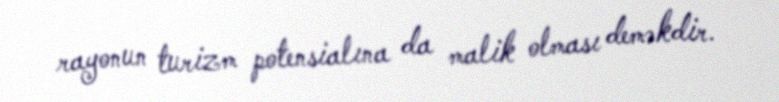
rayonun turizm potensialına da malik olması deməkdir.